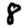
Digit: 8